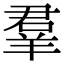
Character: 羣